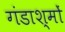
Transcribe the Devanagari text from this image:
गंडाश्मों